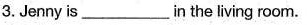
.3.Jenny is____in the living room.